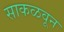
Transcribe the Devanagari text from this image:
साकळवून